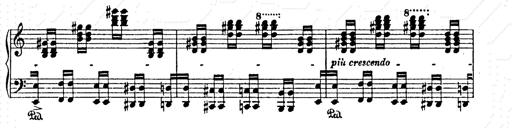
Title: AnnÃ©es de pÃ¨lerinage II
Composer: Franz Liszt